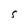
Character: S